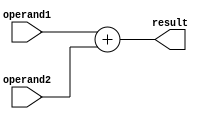
module half_precision_addition(
    input [15:0] operand1,
    input [15:0] operand2,
    output reg [15:0] result
);

    always @(*) begin
        // Perform addition operation
        result = operand1 + operand2;
    end

endmodule